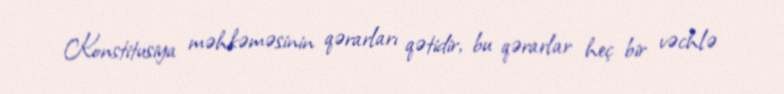
Konstitusiya məhkəməsinin qərarları qətidir, bu qərarlar heç bir vəchlə